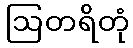
ဩတရိတုံ